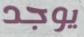
يوجد